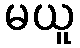
မယူ